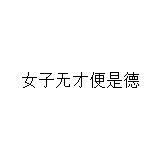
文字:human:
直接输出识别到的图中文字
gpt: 女子无才便是德